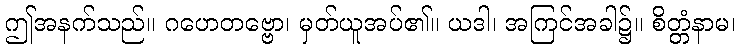
ဤအနက်သည်။ ဂဟေတဗ္ဗော၊ မှတ်ယူအပ်၏။ ယဒါ၊ အကြင်အခါ၌။ စိတ္တံနာမ၊